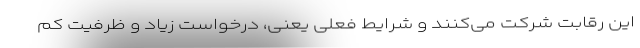
این رقابت شرکت می‌کنند و شرایط فعلی یعنی، درخواست زیاد و ظرفیت کم